Eesti_Rahvusfond, lk 23
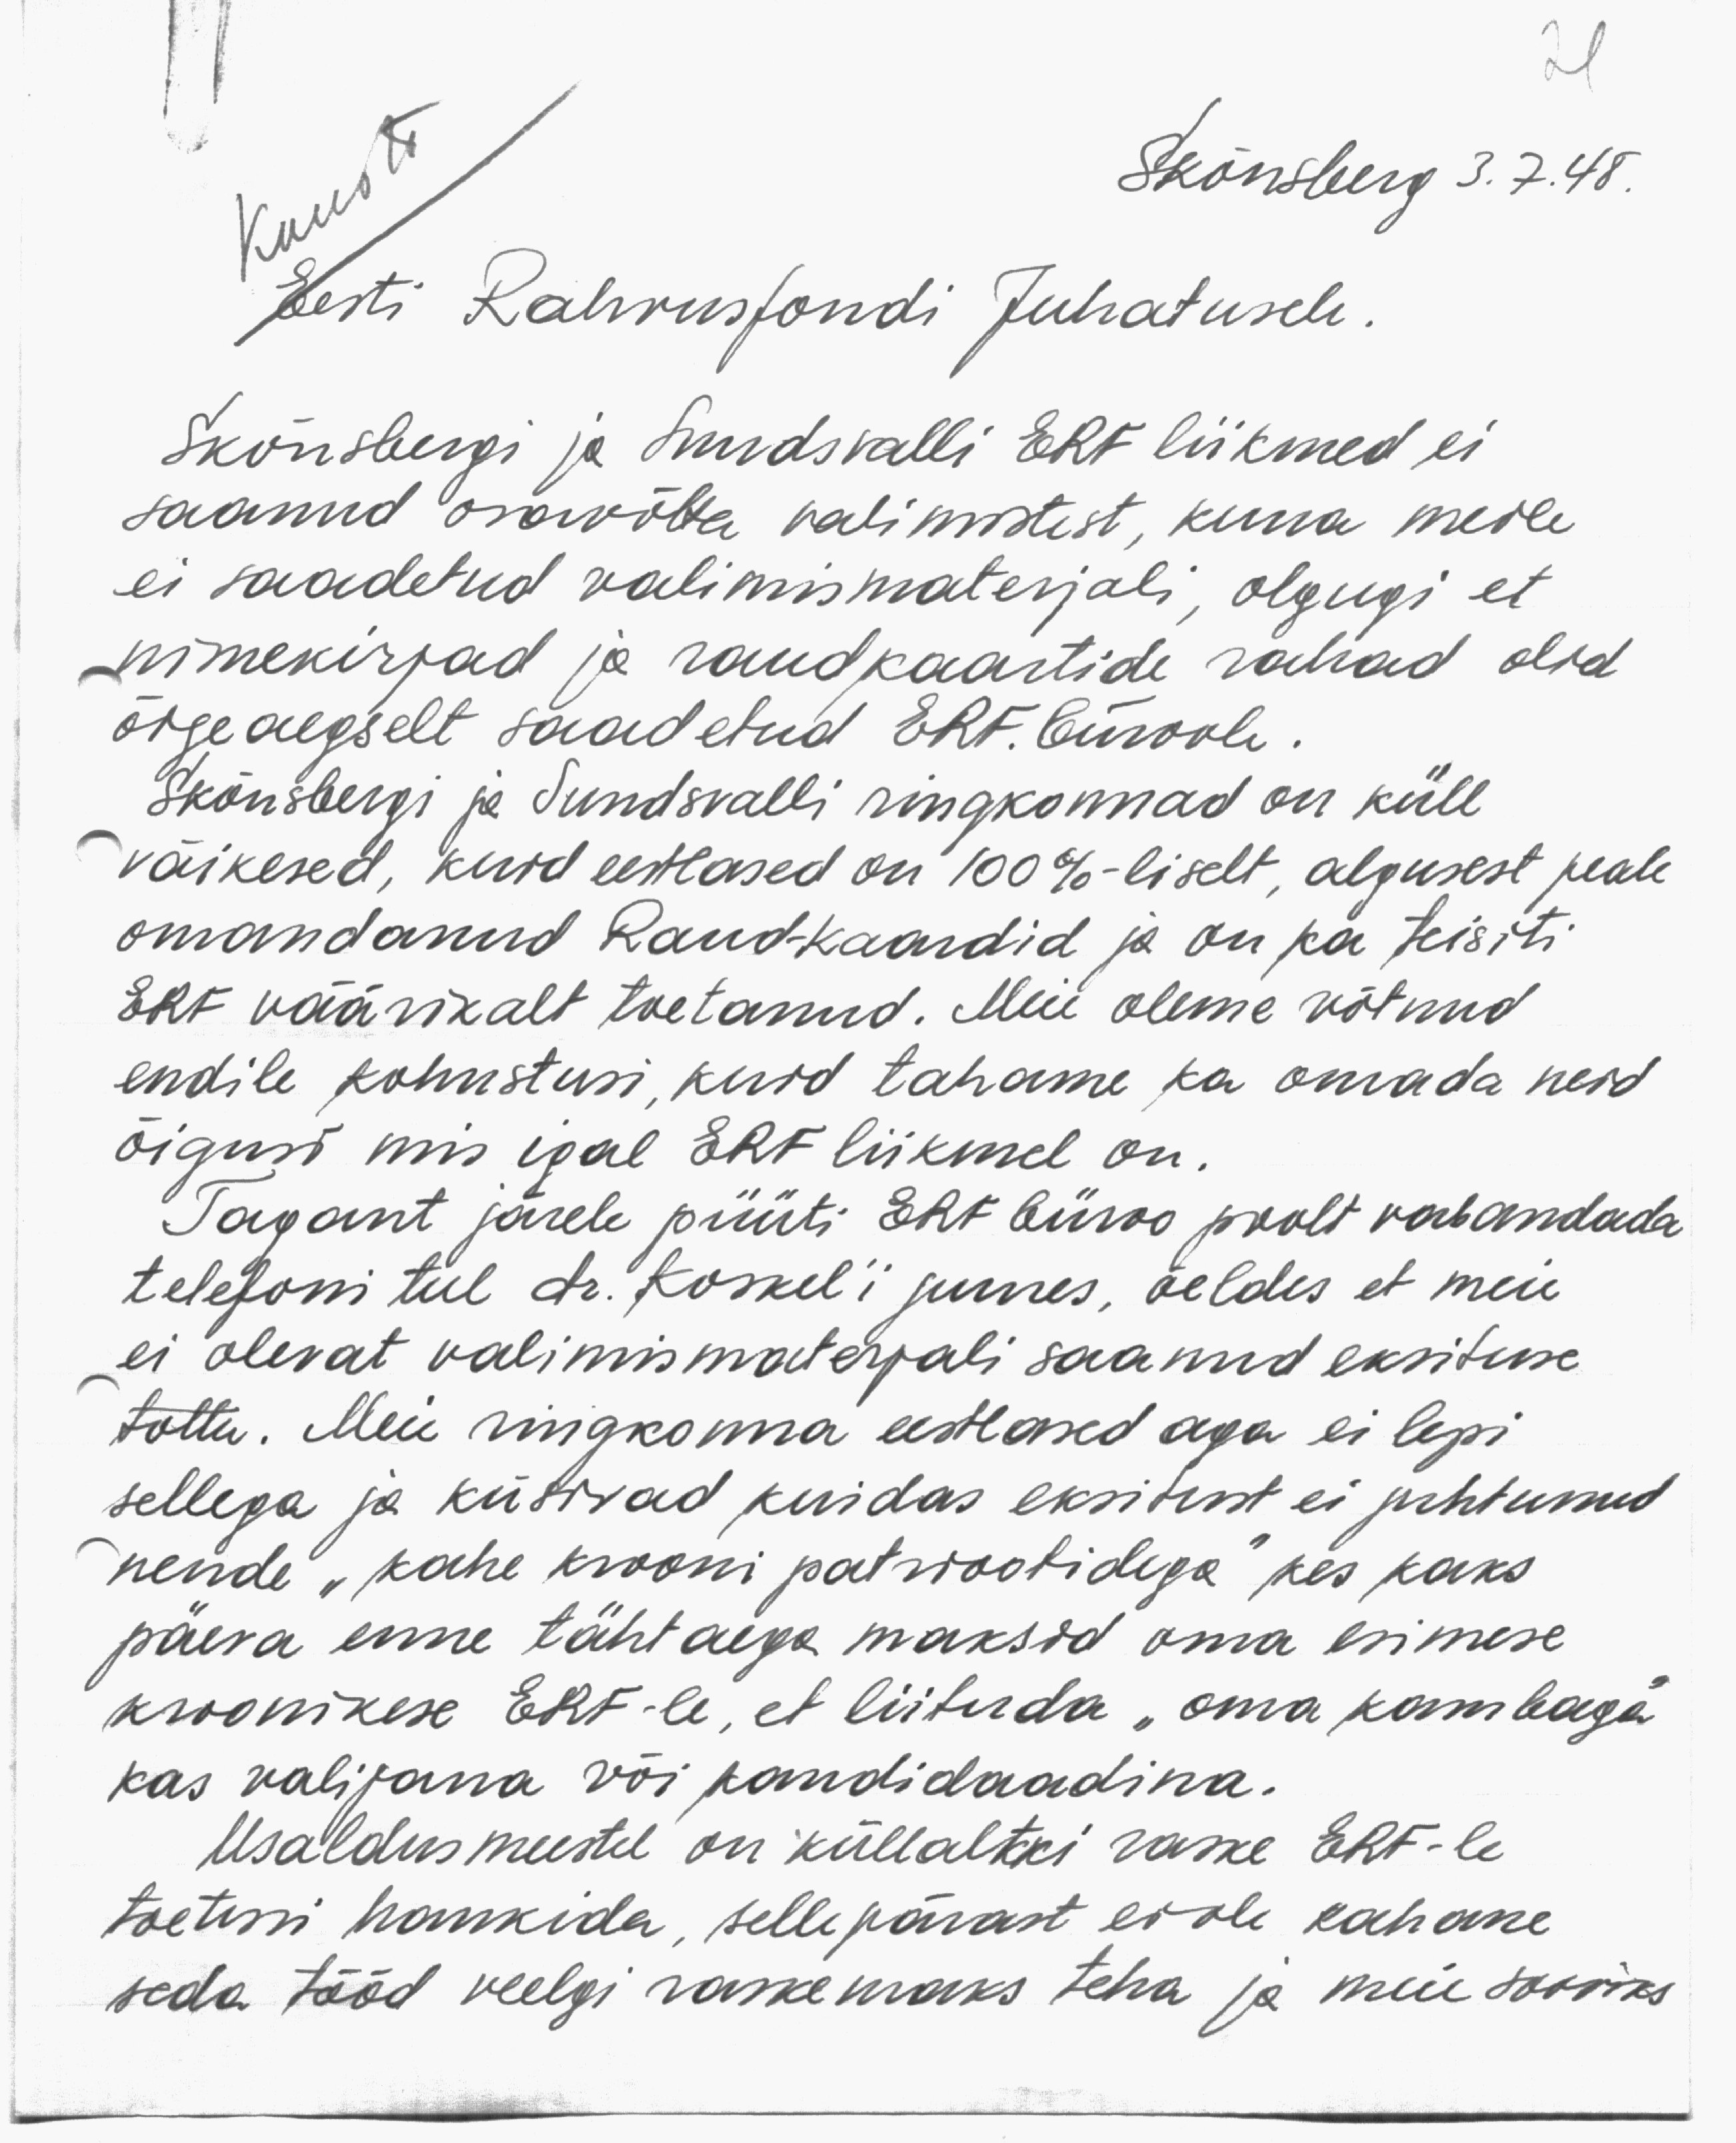
Kausta
Skönsberg 3.7.48.
Eesti Rahvusfondi Juhatusele.
Skönsbergi ja Sundsvalli ERF liikmed ei
saanud osawõta valimistest, kuna meile
ei saadetud valimismaterjali, olgugi et
nimekirjad ja raudkaastide rahad olid
õigeaegselt saadetud ERF. büroole.
Skönsbergi ja Sundsvalli ringkonnad on küll
väikesed, kuid eestlased on 100%-liselt, algusest peale
omandanud Raudkaardid ja on ka teisiti
Eht väärikalt toetanud. Meie oleme võtnud
endile kohustusi, kuid tahame ka omada neid
õigust mis igal ERF liikmel on.
Tagant järele püüti ERF Büroo poolt vabandada
telefoni teel dr. Koskel'i juures, öeldes et meie
ei olevat valimismaterjali saanud eksituse
tõttu. Meie ringkonna eestlased aga ei lepi
sellega ja küsivad kuidas eksitust ei juhtunud
nende "kahe krooni patrootidega" kes kaks
päeva enne tähtaega maksid oma esimese
kroonikese ERF-le, et liituda "oma kambaga"
kas valijana või kandidaadina.
Usaldusmeestel on küllaltki raske ERF-le
toetusi hankida, sellepärast ei ole kohane
seda tööd veelgi raskemaks teha ja meie sooviks